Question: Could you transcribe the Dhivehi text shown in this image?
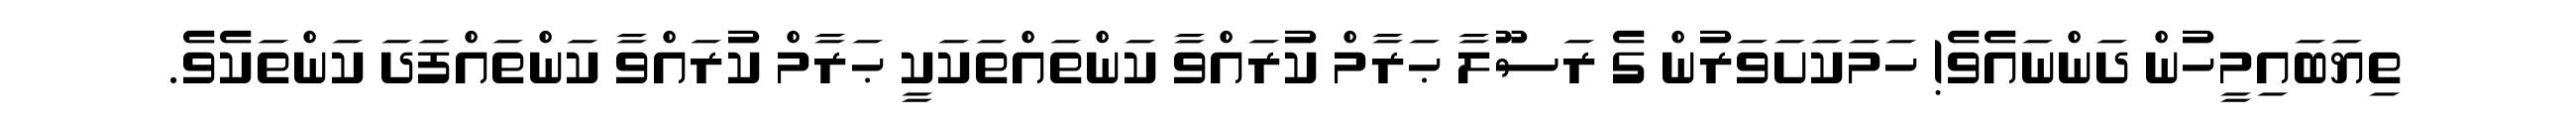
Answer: ތިޔަބައިމީހުން ދަންނައެވެ! ހަމަކަށަވަރުން ގެ ރަސޫލާ ޙަރާމް ކުރައްވާ ކަންތައްތަކަކީ ޙަރާމް ކުރައްވާ ކަންތައްފަދަ ކަންތަކެވެ.